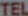
TEL